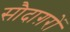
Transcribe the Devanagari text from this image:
सौदाग़रों